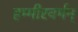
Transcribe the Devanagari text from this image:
हम्मीरवर्मन्